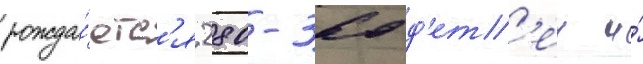
рожда́етс'я 280-360 д'ет'еи и́